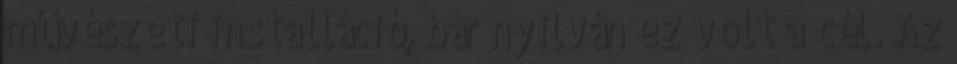
művészeti installáció, bár nyilván ez volt a cél. Az